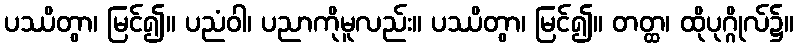
ပဿိတွာ၊ မြင်၍။ ပညံဝါ၊ ပညာကိုမူလည်း။ ပဿိတွာ၊ မြင်၍။ တတ္ထ၊ ထိုပုဂ္ဂိုလ်၌။